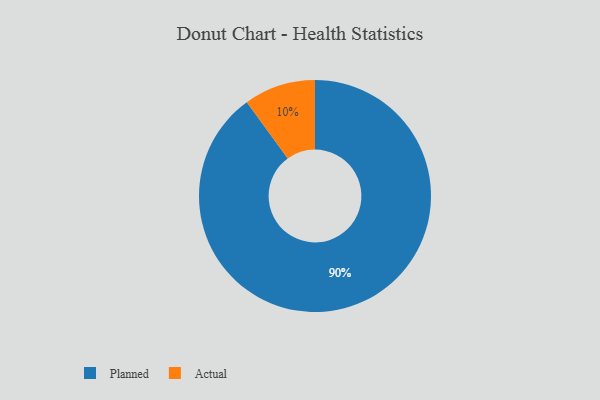
{"axis": {"x": "Category", "y": "Percentage"}, "legend": ["Actual", "Planned"], "data": [{"x": "Planned", "y": 90, "type": "Planned"}, {"x": "Actual", "y": 10, "type": "Actual"}]}